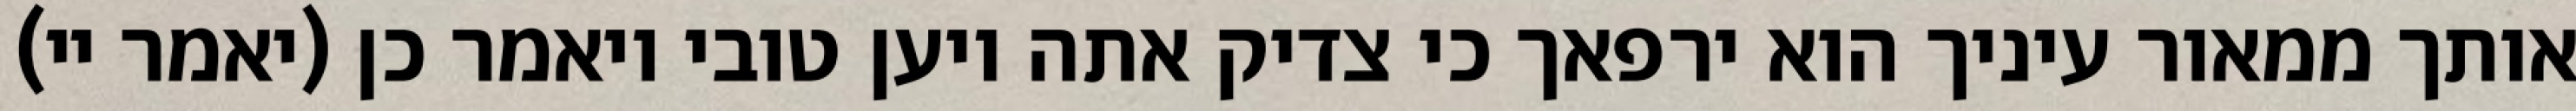
אותך ממאור עיניך הוא ירפאך כי צדיק אתה ויען טובי ויאמר כן (יאמר יי)